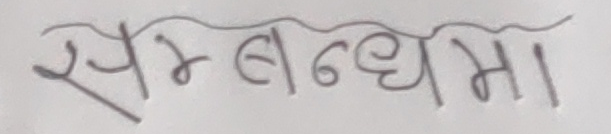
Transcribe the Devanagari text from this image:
सम्बन्धमा